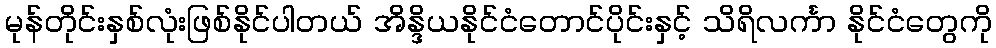
မုန်တိုင်းနှစ်လုံးဖြစ်နိုင်ပါတယ် အိန္ဒိယနိုင်ငံတောင်ပိုင်းနှင့် သိရိလင်္ကာ နိုင်ငံတွေကို